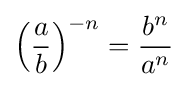
\left({\frac {a}{b}}\right)^{-n}={\frac {b^{n}}{a^{n}}}